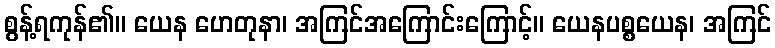
စွန့်ရကုန်၏။ ယေန ဟေတုနာ၊ အကြင်အကြောင်းကြောင့်။ ယေနပစ္စယေန၊ အကြင်